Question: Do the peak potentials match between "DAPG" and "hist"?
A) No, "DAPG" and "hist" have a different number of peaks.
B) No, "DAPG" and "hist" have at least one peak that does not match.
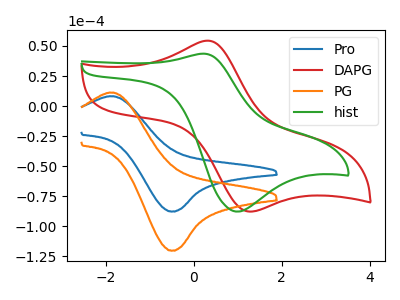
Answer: <think>The blue curve "Pro" has an anodic peak at (-1.80V, 8.10uA) and a cathodic peak at (-0.50V, -87.75uA). The red curve "DAPG" has an anodic peak at (0.35V, 54.40uA) and a cathodic peak at (1.25V, -87.85uA). The orange curve "PG" has an anodic peak at (-1.80V, 11.10uA) and a cathodic peak at (-0.50V, -120.30uA). The green curve "hist" has an anodic peak at (0.25V, 43.55uA) and a cathodic peak at (1.00V, -87.85uA).</think>
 <answer>B) No, "DAPG" and "hist" have at least one peak that does not match.</answer>
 <eval>B</eval>